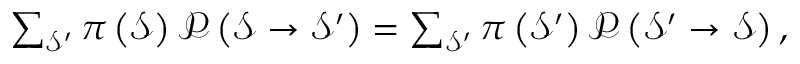
\begin{array} { r } { \sum _ { \mathcal { S } ^ { \prime } } \pi \left( \mathcal { S } \right) \mathcal { P } \left( \mathcal { S } \rightarrow \mathcal { S } ^ { \prime } \right) = \sum _ { \mathcal { S } ^ { \prime } } \pi \left( \mathcal { S } ^ { \prime } \right) \mathcal { P } \left( \mathcal { S } ^ { \prime } \rightarrow \mathcal { S } \right) , } \end{array}